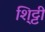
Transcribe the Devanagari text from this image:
शि्ट्टी